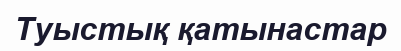
Туыстық қатынастар